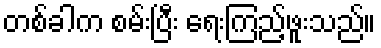
တစ်ခါက စမ်းပြီး ရေးကြည့်ဖူးသည်။